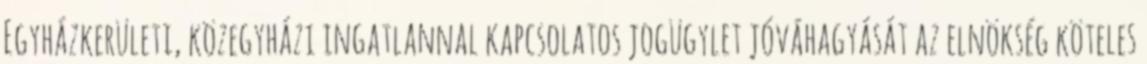
Egyházkerületi, közegyházi ingatlannal kapcsolatos jogügylet jóváhagyását az elnökség köteles